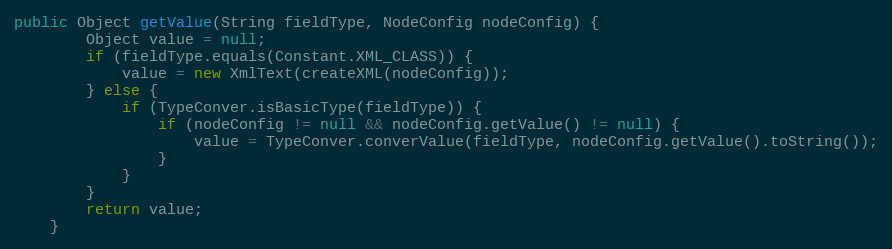
Language: Java
public Object getValue(String fieldType, NodeConfig nodeConfig) {
		Object value = null;
		if (fieldType.equals(Constant.XML_CLASS)) {
			value = new XmlText(createXML(nodeConfig));
		} else {
			if (TypeConver.isBasicType(fieldType)) {
				if (nodeConfig != null && nodeConfig.getValue() != null) {
					value = TypeConver.converValue(fieldType, nodeConfig.getValue().toString());
				}
			}
		}
		return value;
	}